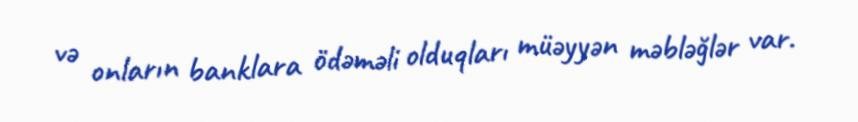
və onların banklara ödəməli olduqları müəyyən məbləğlər var.